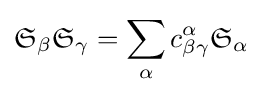
{\mathfrak {S}}_{\beta }{\mathfrak {S}}_{\gamma }=\sum _{\alpha }c_{\beta \gamma }^{\alpha }{\mathfrak {S}}_{\alpha }